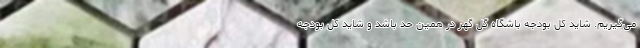
می‌گیریم. شاید کل بودجه باشگاه گل گهر در همین حد باشد و شاید کل بودجه